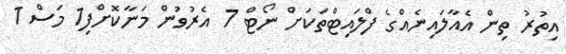
އިތުރު ތިން އެއާލައިނެއްގެ ފްލައިޓްތަކަށް ނޯޓް 7 އެރުވުން މަނާކޮށްފި1 މަސް 1